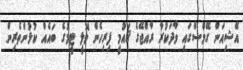
އޭޝިއަން ގޭމްސްގައި ވާދަކުރާ ރާއްޖޭގެ ޤައުމީ ފިރިހެން ވޮލީ ޓީމުގެ ބައެއް ކުޅުންތެރިން